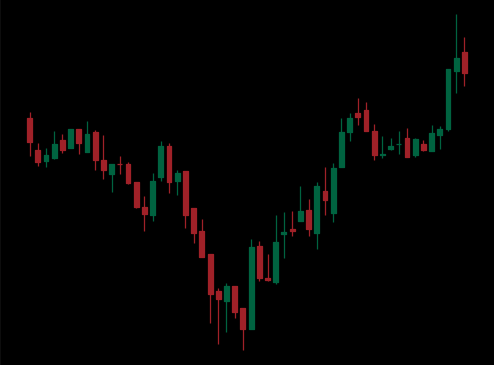
Pattern: inverse_head_shoulders